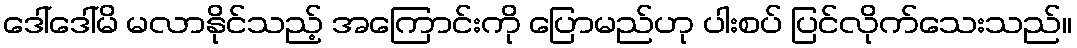
ဒေါ်ဒေါ်မိ မလာနိုင်သည့် အကြောင်းကို ပြောမည်ဟု ပါးစပ် ပြင်လိုက်သေးသည်။